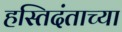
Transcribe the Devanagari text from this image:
हस्तिदंताच्या